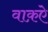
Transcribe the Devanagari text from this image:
वाक़ऐ